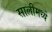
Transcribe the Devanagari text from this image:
सालीमध्ये